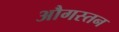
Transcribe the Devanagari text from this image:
औगस्तन